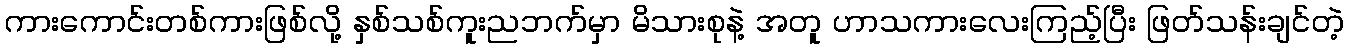
ကားကောင်းတစ်ကားဖြစ်လို့ နှစ်သစ်ကူးညဘက်မှာ မိသားစုနဲ့ အတူ ဟာသကားလေးကြည့်ပြီး ဖြတ်သန်းချင်တဲ့